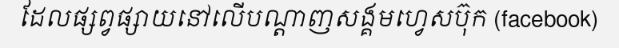
ដែលផ្សព្វផ្សាយនៅលើបណ្តាញសង្គមហ្វេសប៊ុក (facebook)